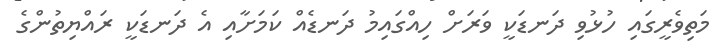
މަތިވެރީގައި ހުޅުވި ދަނޑަކީ ވަރަށް ހިއްގައިމު ދަނޑެއް ކަމަށާއި އެ ދަނޑަކީ ރައްޔިތުންގެ